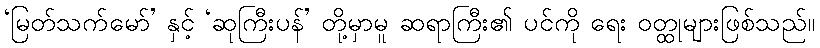
‘မြတ်သက်မော်’ နှင့် ‘ဆုကြီးပန်’ တို့မှာမူ ဆရာကြီး၏ ပင်ကို ရေး ဝတ္ထုများဖြစ်သည်။